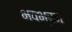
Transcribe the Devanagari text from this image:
भवभ्रम